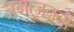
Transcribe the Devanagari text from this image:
जगत्जननी